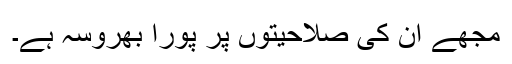
مجھے ان کی صلاحیتوں پر پورا بھروسہ ہے۔